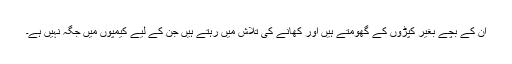
ان کے بچے بغیر کپڑوں کے گھومتے ہیں اور کھانے کی تلاش میں رہتے ہیں جن کے لیے کیمپوں میں جگہ نہیں ہے۔